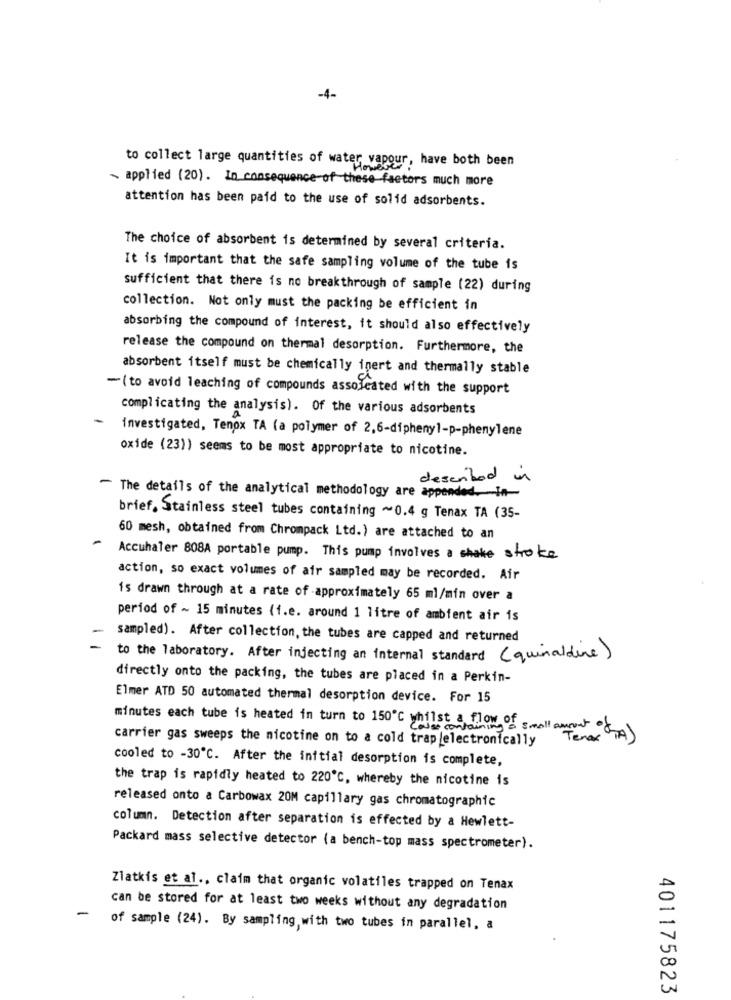
-4-
to collect large quantities of water vapour, have both been
- applied (20). In consequence of these factors much more
attention has been paid to the use of solid adsorbents.
The choice of absorbent is determined by several criteria.
It is important that the safe sampling volume of the tube is
sufficient that there is no breakthrough of sample (22) during
collection. Not only must the packing be efficient in
absorbing the compound of interest, it should also effectively
release the compound on thermal desorption. Furthermore, the
absorbent itself must be chemically inert and thermally stable
-( to avoid leaching of compounds assoleated with the support
complicating the analysis). Of the various adsorbents
-
investigated, Tenox TA (a polymer of 2,6-diphenyl-p-phenylene
oxide (23)) seems to be most appropriate to nicotine.
described in
The details of the analytical methodology are appended.In-
brief, Stainless steel tubes containing ~0.4 g Tenax TA (35-
60 mesh, obtained from Chrompack Ltd.) are attached to an
Accuhaler 808A portable pump. This pump involves a shake stroke
action, so exact volumes of air sampled may be recorded. Air
is drawn through at a rate of approximately 65 ml/min over a
period of ~ 15 minutes (i.e. around 1 litre of ambient air is
1
sampled). After collection, the tubes are capped and returned
to the laboratory. After injecting an internal standard (quinaldere)
directly onto the packing, the tubes are placed in a Perkin-
Elmer ATD 50 automated thermal desorption device. For 15
minutes each tube is heated in turn to 150℃ whilst a flow of
carrier gas sweeps the nicotine on to a cold trap electronically
containing a small amount ofA)
Tener
cooled to -30℃. After the initial desorption is complete,
the trap is rapidly heated to 220℃, whereby the nicotine is
released onto a Carbowax 20M capillary gas chromatographic
column. Detection after separation is effected by a Hewlett-
Packard mass selective detector (a bench-top mass spectrometer).
Zlatkis et al ., claim that organic volatiles trapped on Tenax
-
can be stored for at least two weeks without any degradation
of sample (24). By sampling, with two tubes in parallel. a
401175823